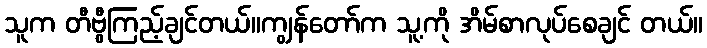
သူက တီဗွီကြည့်ချင်တယ်။ကျွန်တော်က သူ့ကို အိမ်စာလုပ်စေချင် တယ်။